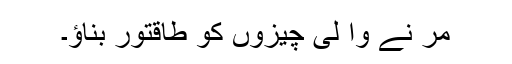
مر نے وا لی چیزوں کو طاقتور بناؤ۔